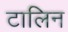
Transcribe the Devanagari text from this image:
टालिन